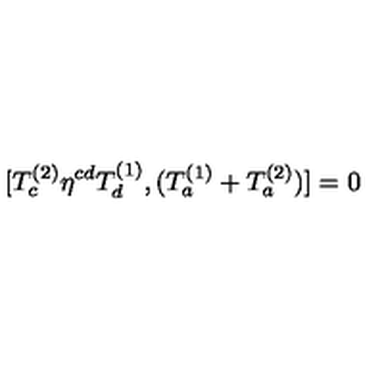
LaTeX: [ T _ { c } ^ { ( 2 ) } \eta ^ { c d } T _ { d } ^ { ( 1 ) } , ( T _ { a } ^ { ( 1 ) } + T _ { a } ^ { ( 2 ) } ) ] = 0